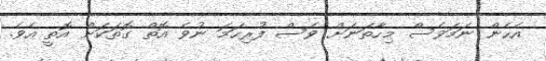
އެހެން ނަމަވެސް މިހާތަނަށް ވެސް ފުރިހަމަ ނުވެ އޮތް ގޮތަކަށް އޮތީ އެވެ.